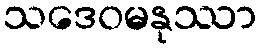
သဒေဝမနုဿာ